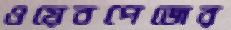
ওয়েবপেজের